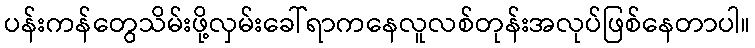
ပန်းကန်တွေသိမ်းဖို့လှမ်းခေါ်ရာကနေလူလစ်တုန်းအလုပ်ဖြစ်နေတာပါ။